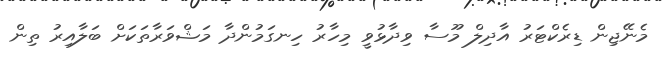
މެނޭޖިން ޑިރެކްޓަރު އާދިލް މޫސާ ވިދާޅުވީ މިހާރު ހިނގަމުންދާ މަޝްވަރާތަކަށް ބަލާއިރު ތިން